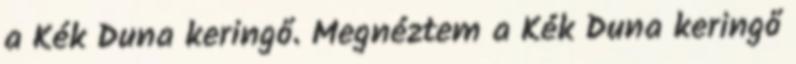
a Kék Duna keringő. Megnéztem a Kék Duna keringő